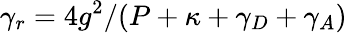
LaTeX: \gamma_{r}=4g^{2}/(P+\kappa+\gamma_{D}+\gamma_{A})